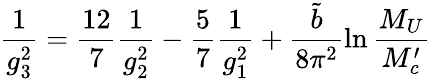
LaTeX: \frac{1}{g_{3}^{2}}=\frac{12}{7}\frac{1}{g_{2}^{2}}-\frac{5}{7}\frac{1}{g_{1}^{2}}+\frac{\tilde{b}}{8\pi^{2}}\ln\frac{M_{U}}{M_{c}^{\prime}}